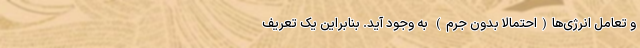
و تعامل انرژی‌ها(احتمالاً بدون جرم) به وجود آید. بنابراین یک تعریف